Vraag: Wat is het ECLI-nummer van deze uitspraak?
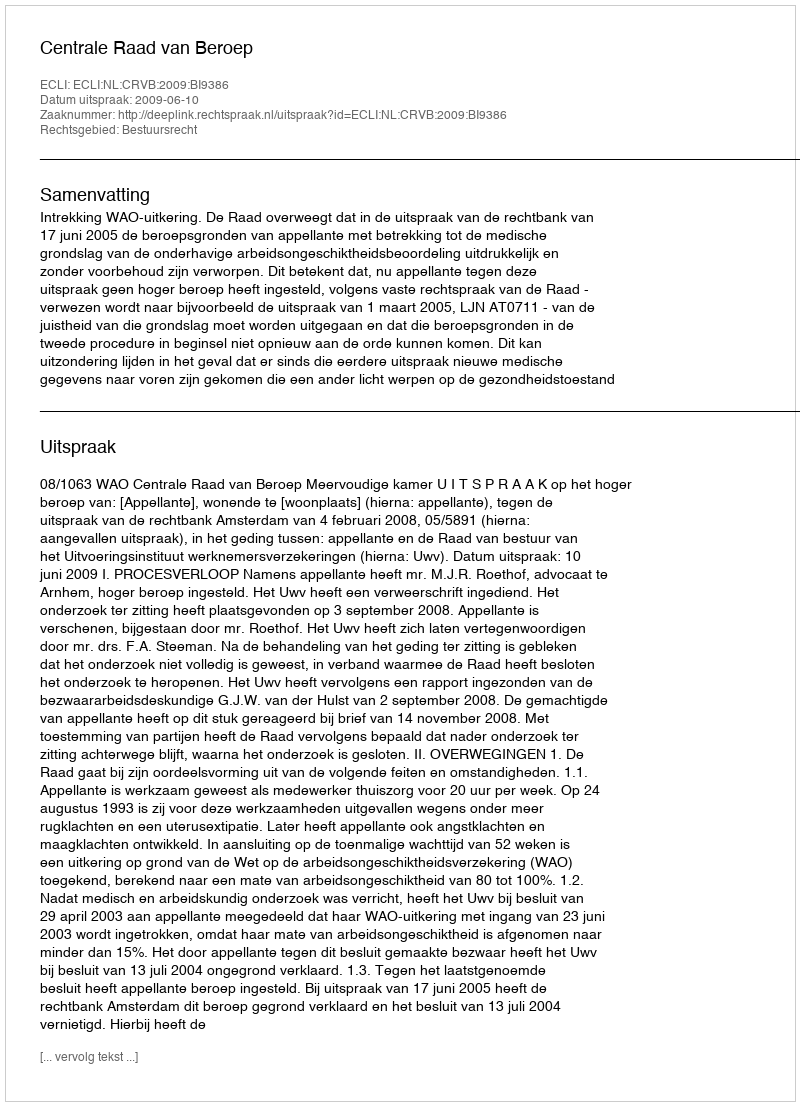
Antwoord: ECLI:NL:CRVB:2009:BI9386